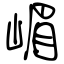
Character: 嵋